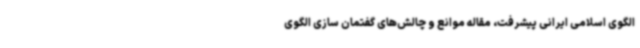
الگوی اسلامی ایرانی پیشرفت، مقاله موانع و چالش‌های گفتمان سازی الگوی